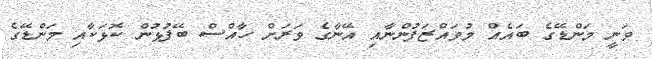
ވަނީ މަންޑޭގެ ބައެއް މުވައްޒަފުންނާއި އޭނާގެ ވަރަށް ހާއްސް ބޭފުޅުން ކޮޅަކާއި މަންޑޭގެ